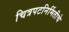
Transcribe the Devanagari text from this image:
चित्रपटनिर्मितीचे